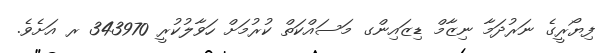
ފިޔޯރީގެ ނަރުދަމާ ނިޒާމް ޑިޒައިންގ މަސައްކަތް ކުރުމަށް ހަވާލުކުރީ 343970 ރ އަށެވެ.